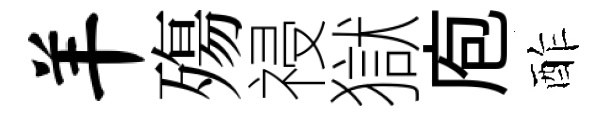
羊殤祲獄庖酢